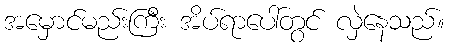
အမှောင်မည်းကြီး အိပ်ရာပေါ်တွင် လှဲနေသည်။